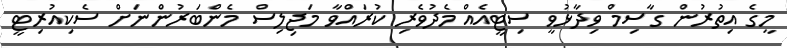
މީގެ އިތުރުން ގާސިމް ވިދާޅުވީ ސިޓީއެއް މެދުވެރި ކުރައްވާ މަޖިލިސް މެންބަރުންނަށް ސެކިއުރިޓީ